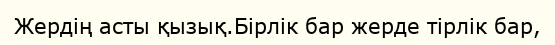
Жердің асты қызық.Бірлік бар жерде тірлік бар,